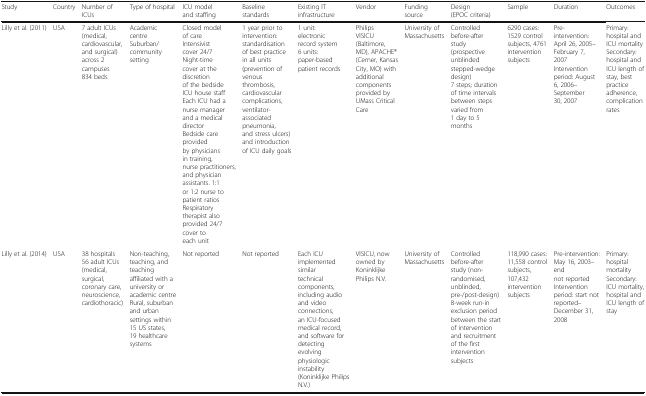
<table><thead><tr><td><b>Study</b></td><td><b>Country</b></td><td><b>Number of ICUs</b></td><td><b>Type of hospital</b></td><td><b>ICU model and staffing</b></td><td><b>Baseline standards</b></td><td><b>Existing IT infrastructure</b></td><td><b>Vendor</b></td><td><b>Funding source</b></td><td><b>Design (EPOC criteria)</b></td><td><b>Sample</b></td><td><b>Duration</b></td><td><b>Outcomes</b></td></tr></thead><tbody><tr><td>Lilly et al. (2011)</td><td>USA</td><td>7 adult ICUs (medical, cardiovascular, and surgical) across 2 campuses834 beds</td><td>Academic centreSuburban/community setting</td><td>Closed model of careIntensivist cover 24/7Night-time cover at the discretion of the bedside ICU house staffEach ICU had a nurse manager and a medical directorBedside care provided by physicians in training, nurse practitioners, and physician assistants. 1:1 or 1:2 nurse to patient ratiosRespiratory therapist also provided 24/7 cover to each unit</td><td>1 year prior to intervention: standardisation of best practice in all units (prevention of venous thrombosis, cardiovascular complications, ventilator-associated pneumonia, and stress ulcers) and introduction of ICU daily goals</td><td>1 unit: electronic record system6 units: paper-based patient records</td><td>Philips VISICU (Baltimore, MD), APACHE® (Cerner, Kansas City, MO) with additional components provided by UMass Critical Care</td><td>University of Massachusetts</td><td>Controlled before-after study (prospective unblinded stepped-wedge design)7 steps; duration of time intervals between steps varied from 1 day to 5 months</td><td>6290 cases: 1529 control subjects, 4761 intervention subjects</td><td>Pre-intervention: April 26, 2005–February 7, 2007Intervention period: August 6, 2006–September 30, 2007</td><td>Primary: hospital and ICU mortalitySecondary: hospital and ICU length of stay, best practice adherence, complication rates</td></tr><tr><td>Lilly et al. (2014)</td><td>USA</td><td>38 hospitals56 adult ICUs (medical, surgical, coronary care, neuroscience, cardiothoracic)</td><td>Non-teaching, teaching, and teaching affiliated with a university or academic centreRural, suburban and urban settings within 15 US states,19 healthcare systems</td><td>Not reported</td><td>Not reported</td><td>Each ICU implemented similar technical components, including audio and video connections, an ICU-focused medical record, and software for detecting evolving physiologic instability (Koninklijke Philips N.V.)</td><td>VISICU, now owned by Koninklijke Philips N.V.</td><td>University of Massachusetts</td><td>Controlled before-after study (non-randomised, unblinded, pre-/post-design)8-week run-in exclusion period between the start of intervention and recruitment of the first intervention subjects</td><td>118,990 cases: 11,558 control subjects, 107,432 intervention subjects</td><td>Pre-intervention: May 16, 2003–end not reportedIntervention period: start not reported–December 31, 2008</td><td>Primary: hospital mortalitySecondary: ICU mortality, hospital and ICU length of stay</td></tr></tbody></table>